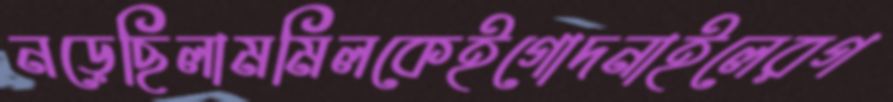
নড়েছিলামমিলকেইগোদনাইলেরগ